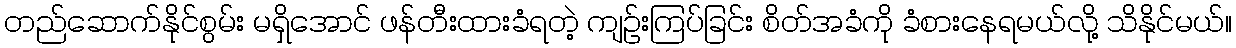
တည်ဆောက်နိုင်စွမ်း မရှိအောင် ဖန်တီးထားခံရတဲ့ ကျဉ်းကြပ်ခြင်း စိတ်အခံကို ခံစားနေရမယ်လို့ သိနိုင်မယ်။